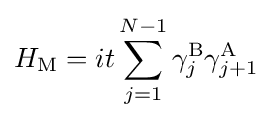
H_{\rm {M}}=it\sum _{j=1}^{N-1}\gamma _{j}^{\rm {B}}\gamma _{j+1}^{\rm {A}}